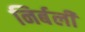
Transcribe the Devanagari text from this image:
निर्बली